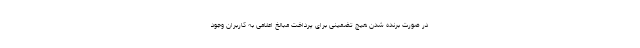
در صورت برنده شدن هیچ تضمینی برای پرداخت مبالغ اعلامی به کاربران وجود